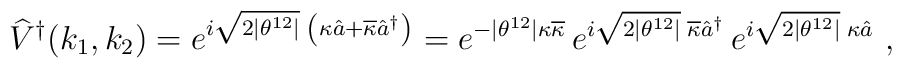
\widehat{V}^{\dagger}(k_{1},k_{2})=e^{i\sqrt{2|\theta^{12}|}\;   \left(\kappa\hat{a}+\overline{\kappa}\hat{a}^{\dagger}\right)}= e^{-|\theta^{12}|\kappa\overline{\kappa}}\,e^{i\sqrt{2|\theta^{12}|}\;           \overline{\kappa}\hat{a}^{\dagger}}\,e^{i\sqrt{2|\theta^{12}|}\;           \kappa \hat{a}}~,